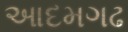
આદમગઢ